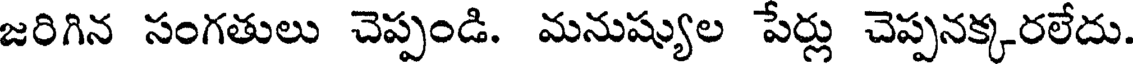
జరిగిన సంగతులు చెప్పండి. మనుష్యుల పేర్లు చెప్పనక్కరలేదు.